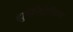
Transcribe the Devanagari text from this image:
ह्युमेनिटेरियन